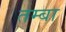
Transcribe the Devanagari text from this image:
तम्बा